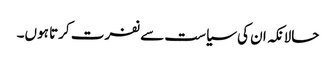
حالانکہ ان کی سیاست سے نفرت کرتا ہوں۔